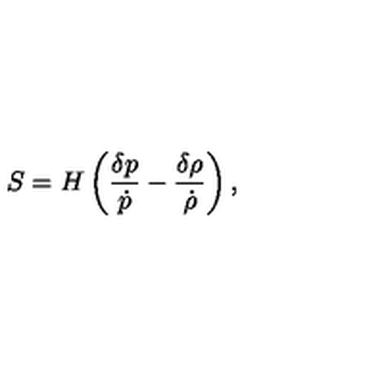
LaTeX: S = H \left( { \frac { \delta p } { \dot { p } } } - { \frac { \delta \rho } { \dot { \rho } } } \right) ,